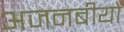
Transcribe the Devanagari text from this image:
अजनबीयों